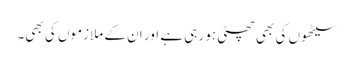
سیٹھوں کی بھی چھٹی ہو رہی ہے اور ان کے ملازموں کی بھی۔